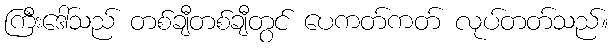
ကြီးဒေါ်သည် တစ်ချီတစ်ချီတွင် ပေကတ်ကတ် လုပ်တတ်သည်။